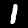
Digit: 1